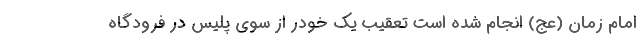
امام زمان (عج) انجام شده است تعقیب یک خودر از سوی پلیس در فرودگاه